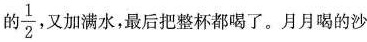
的\frac{1}{2}又加满水，最后把整杯都喝了。月月喝的沙